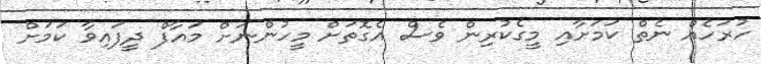
ހުރަހެއް ނެތް ކަމަށާއި މީގެކުރިން ވެސް އެގޮތަށް މީހުންނަށް މައާފް ދީފައިވާ ކަމަށް